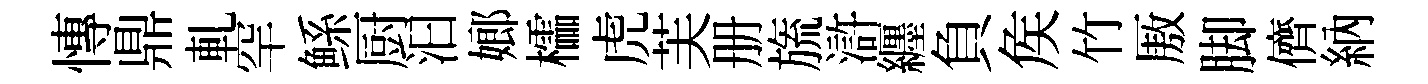
慱鼎軋罕鲧厨汩嫏櫺虎芙册旒滸纒負矦竹厫脚儕納